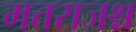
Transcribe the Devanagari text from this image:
मत्तराजश्च